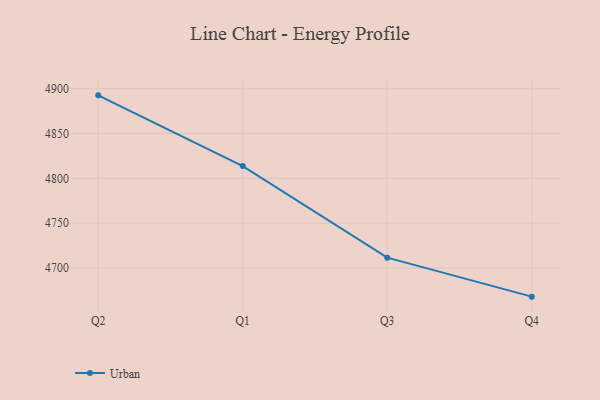
{"axis": {"x": "Quarter", "y": "Demand Index"}, "legend": ["Urban"], "data": [{"x": "Q2", "y": 4892.6, "type": "Urban"}, {"x": "Q1", "y": 4813.7, "type": "Urban"}, {"x": "Q3", "y": 4711.6, "type": "Urban"}, {"x": "Q4", "y": 4668.1, "type": "Urban"}]}